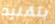
بتقليد